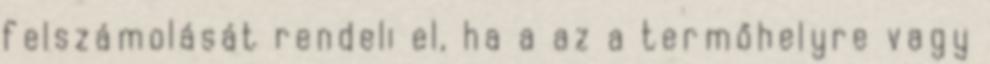
felszámolását rendeli el, ha a az a termőhelyre vagy